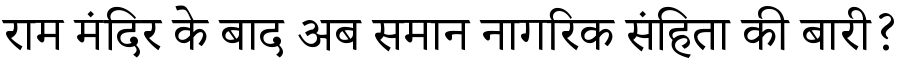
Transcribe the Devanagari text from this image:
राम मंदिर के बाद अब समान नागरिक संहिता की बारी?